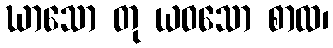
ဃာသော တု ယဝသော စာထ၊